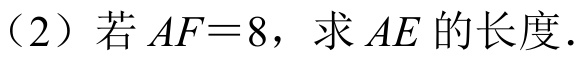
（2）若 \(AF = 8\)，求 \(AE\) 的长度.